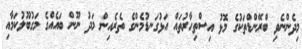
މިދެންނެވި ބްރޭންޑްތަކުގެ މޮޅު އިސްތިހާރުތައް އަޅުގަނޑުމެންގެ ތެރެއިން މަދު ނޫން ބައެއްގެ މަގުބޫލުކަމާއި